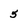
Character: 5